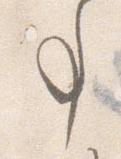
事